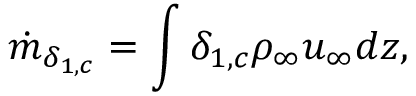
\dot { m } _ { \delta _ { 1 , c } } = \int \delta _ { 1 , c } \rho _ { \infty } u _ { \infty } d z ,